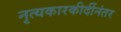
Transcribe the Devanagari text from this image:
नृत्यकारकीर्दीनंतर